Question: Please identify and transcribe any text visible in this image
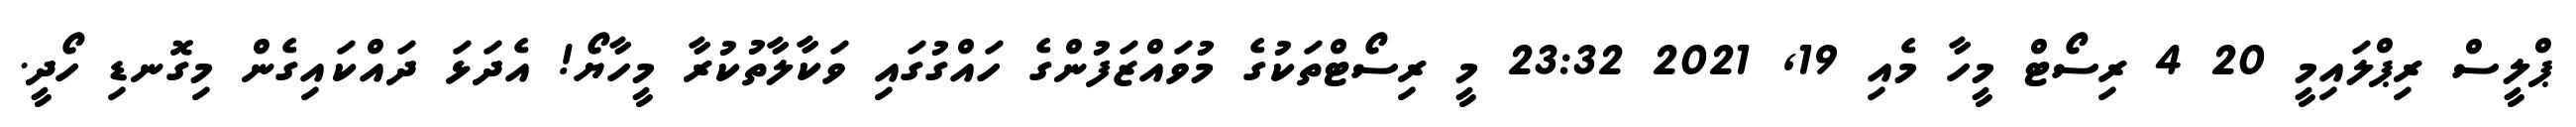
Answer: ޕްލީސް ރިޕްލައިމީ 20 4 ރިސޯޓް މީހާ މެއި 19, 2021 23:32 މީ ރިސޯޓްތަކުގެ މުވައްޒަފުންގެ ހައްގުގައި ވަކާލާތުކުރާ މީހާޔޯ! އެދަޅަ ދައްކައިގެން މިގޮނޑި ހޯދީ.